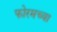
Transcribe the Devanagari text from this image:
फोरमच्या